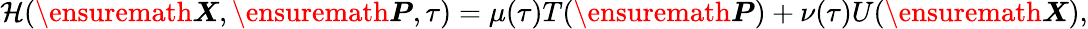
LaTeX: \begin{array}{r}{\mathcal{H}(\ensuremath{\boldsymbol{X}},\ensuremath{\boldsymbol{P}},\tau)=\mu(\tau)T(\ensuremath{\boldsymbol{P}})+\nu(\tau)U(\ensuremath{\boldsymbol{X}}),}\end{array}